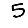
Digit: 5